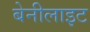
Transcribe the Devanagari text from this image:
बेनीलाइट